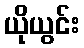
ယိုယွင်း